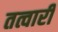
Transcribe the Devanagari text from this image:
तत्वारी